Report on the bubonic plague in Bombay, 1896-1897
Year: 1896
Disease focus: Plague
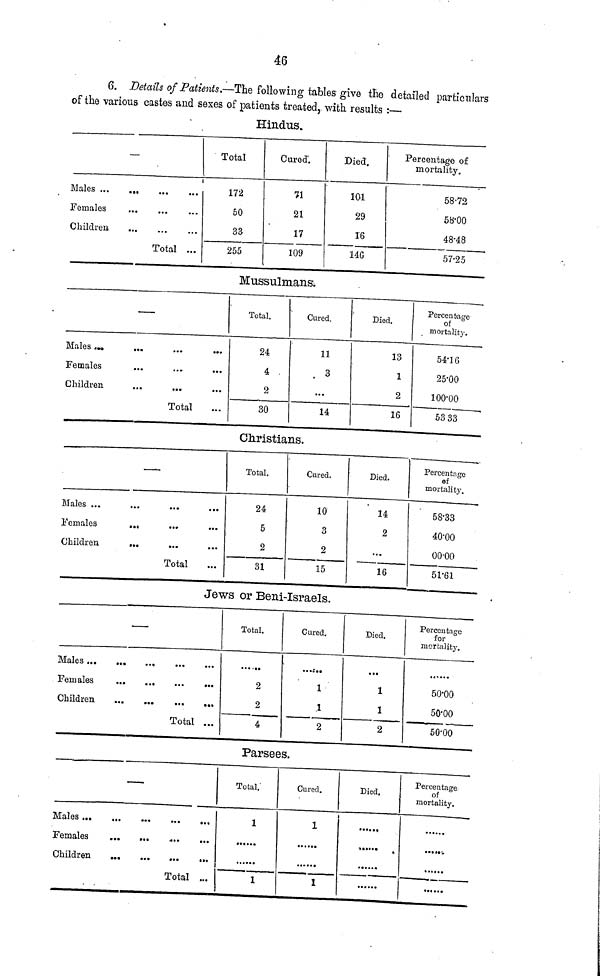
46
6. Details of Patients.—The following tables give the detailed particulars
of the various castes and sexes of patients treated, with results :—
Hindus.
—
Males ...
Females
Children,
...
...
...
...
Total
...
...
...
Total
172
50
33
255
Cured.
71
21
17
109
Died.
101
29
16
146
Percentage of
mortality.
58.72
58.00
48.48
57.25
Mussulmans.
—
Males...
Females
Children
...
...
...
...
...
...
Total
...
...
...
...
Total.
24
4
2
30
Cured.
11
3
...
14
Died.
13
1
2
16
Percentage
of
mortality.
54.16
25.00
100.00
53 33
Christians.
Males ...
Females
Children
...
...
...
...
...
...
Total
...
...
...
...
Total.
24
5
2
31
Cured.
10
3
2
15
Died.
14
2
...
16
Percentage
of
mortality.
58.33
40.00
00.00
51.61
Jews or Beni-Israels.
—
Males ...
Females
Children
...
...
...
...
...
...
...
...
...
Total
...
...
...
...
Total.
......
2
2
4
Cured.
.....
1
1
2
Died.
...
1
1
2
Percentage
for
mortality.
......
50.00
50.00
50.00
Parsees.
—
Males
Females
Children
...
...
...
...
...
...
...
...
...
Total
...
...
...
...
Total.
1
......
1
Cured.
1
1
Died.
.....
......
Percentage
of
mortality.
.....
......
.....